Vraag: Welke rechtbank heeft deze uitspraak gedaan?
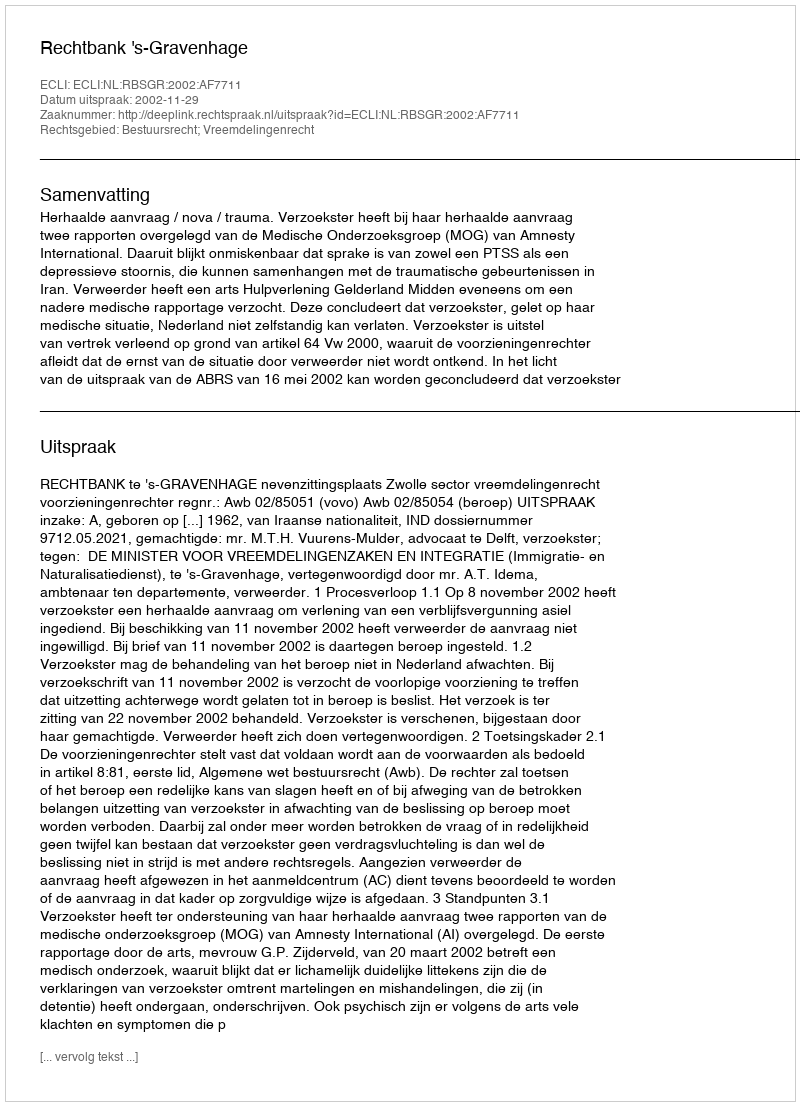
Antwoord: Rechtbank 's-Gravenhage